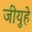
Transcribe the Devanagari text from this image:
जीयुहे